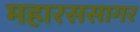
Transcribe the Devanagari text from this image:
महारससागर